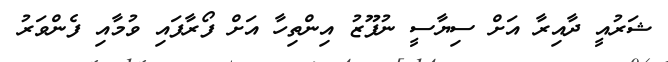
ޝަރުއީ ދާއިރާ އަށް ސިޔާސީ ނުފޫޒު އިންތިހާ އަށް ފޯރާފައި ވުމާއި ފެންވަރު